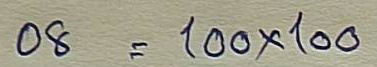
08  = 100 x 100